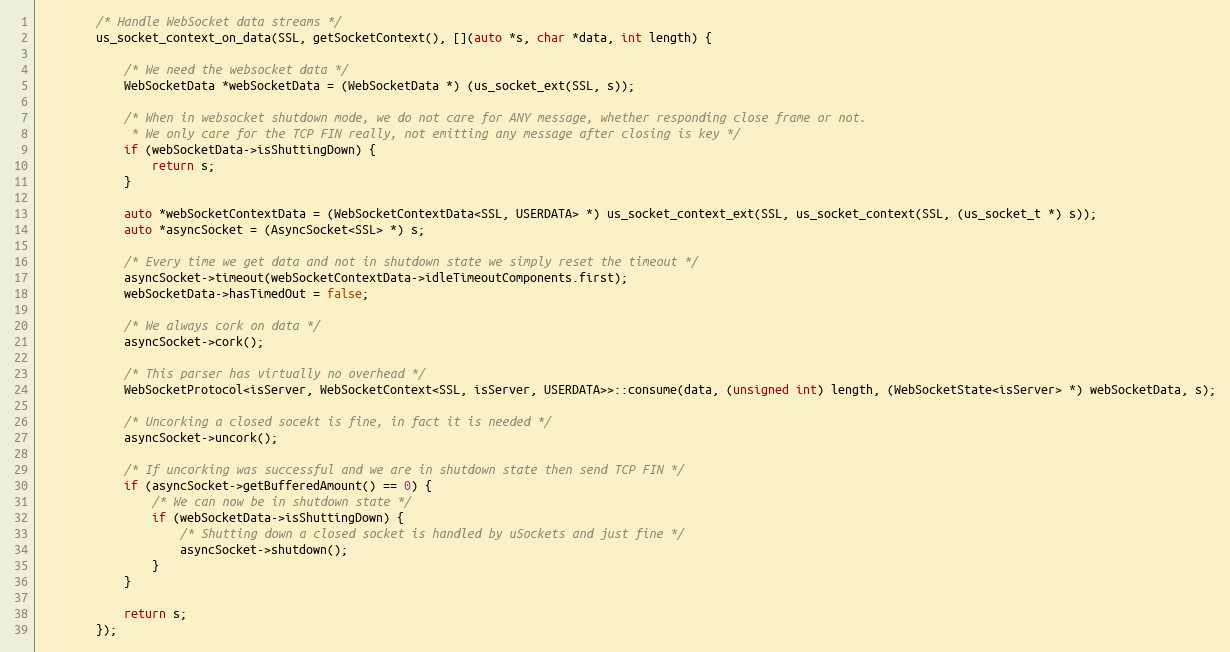
Language: C
        /* Handle WebSocket data streams */
        us_socket_context_on_data(SSL, getSocketContext(), [](auto *s, char *data, int length) {

            /* We need the websocket data */
            WebSocketData *webSocketData = (WebSocketData *) (us_socket_ext(SSL, s));

            /* When in websocket shutdown mode, we do not care for ANY message, whether responding close frame or not.
             * We only care for the TCP FIN really, not emitting any message after closing is key */
            if (webSocketData->isShuttingDown) {
                return s;
            }

            auto *webSocketContextData = (WebSocketContextData<SSL, USERDATA> *) us_socket_context_ext(SSL, us_socket_context(SSL, (us_socket_t *) s));
            auto *asyncSocket = (AsyncSocket<SSL> *) s;

            /* Every time we get data and not in shutdown state we simply reset the timeout */
            asyncSocket->timeout(webSocketContextData->idleTimeoutComponents.first);
            webSocketData->hasTimedOut = false;

            /* We always cork on data */
            asyncSocket->cork();

            /* This parser has virtually no overhead */
            WebSocketProtocol<isServer, WebSocketContext<SSL, isServer, USERDATA>>::consume(data, (unsigned int) length, (WebSocketState<isServer> *) webSocketData, s);

            /* Uncorking a closed socekt is fine, in fact it is needed */
            asyncSocket->uncork();

            /* If uncorking was successful and we are in shutdown state then send TCP FIN */
            if (asyncSocket->getBufferedAmount() == 0) {
                /* We can now be in shutdown state */
                if (webSocketData->isShuttingDown) {
                    /* Shutting down a closed socket is handled by uSockets and just fine */
                    asyncSocket->shutdown();
                }
            }

            return s;
        });